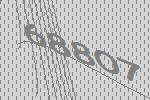
68807